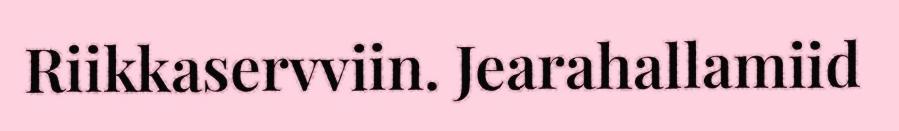
Riikkaservviin. Jearahallamiid